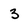
Character: 3